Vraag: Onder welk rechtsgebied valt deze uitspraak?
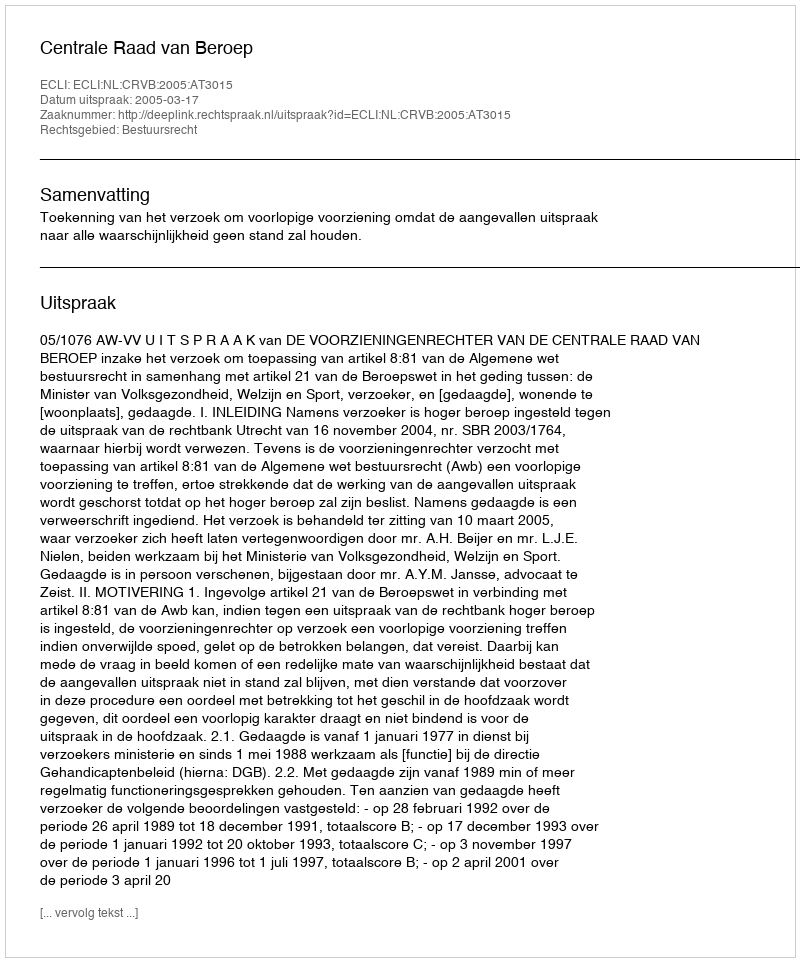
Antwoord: Bestuursrecht